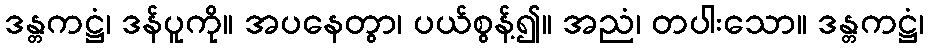
ဒန္တကဋ္ဌံ၊ ဒန်ပူကို။ အပနေတွာ၊ ပယ်စွန့်၍။ အညံ၊ တပါးသော။ ဒန္တကဋ္ဌံ၊